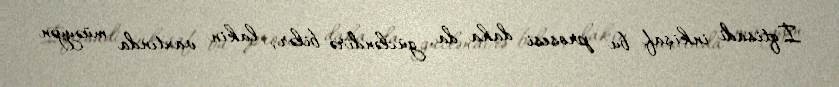
İqtisadi inkişaf bu prosesi daha da gücləndirə bilər, lakin vaxtında müəyyən